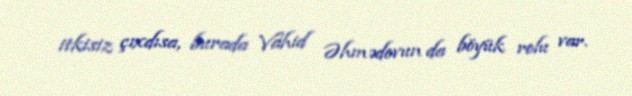
itkisiz çıxdısa, burada Vahid Əhmədovun da böyük rolu var.